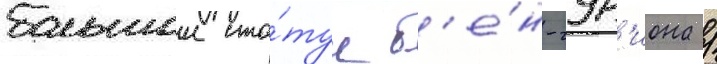
большои ста́туи б'е́н-гур'иона /